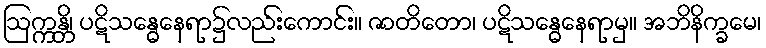
ဩက္ကန္တိ၊ ပဋိသန္ဓေနေရာ၌လည်းကောင်း။ ဇာတိတော၊ ပဋိသန္ဓေနေရာမှ။ အဘိနိက္ခမေ၊